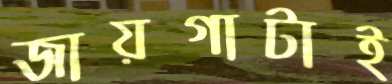
জায়গাটাই